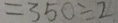
= 3 5 0 \div 2